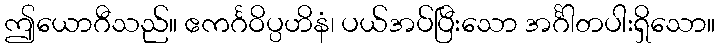
ဤယောဂီသည်။ ဧကင်္ဂဝိပ္ပဟိနံ၊ ပယ်အပ်ပြီးသော အင်္ဂါတပါးရှိသော။